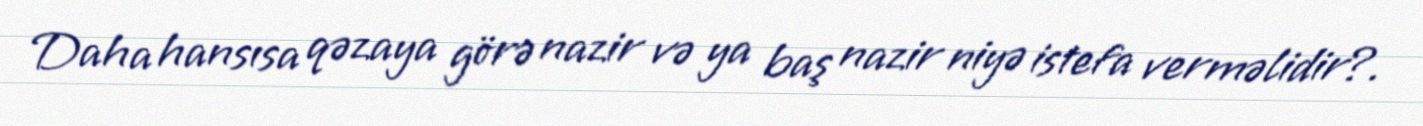
Daha hansısa qəzaya görə nazir və ya baş nazir niyə istefa verməlidir?.